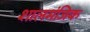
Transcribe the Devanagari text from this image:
शालमंजिक